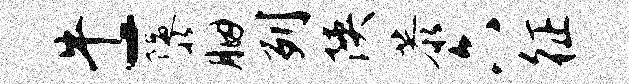
牛-隳胭列陕恭六征